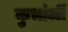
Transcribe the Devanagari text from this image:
कुभांर्ली